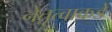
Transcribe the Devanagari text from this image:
नेतृत्वाकडे